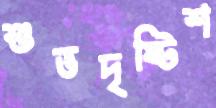
শুভদৃষ্টিশ